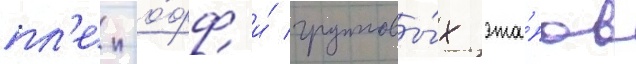
пл'еи-о́фф и́ групповы́х эта́пов